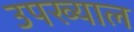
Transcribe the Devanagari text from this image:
उपख्याल